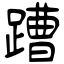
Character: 蹧